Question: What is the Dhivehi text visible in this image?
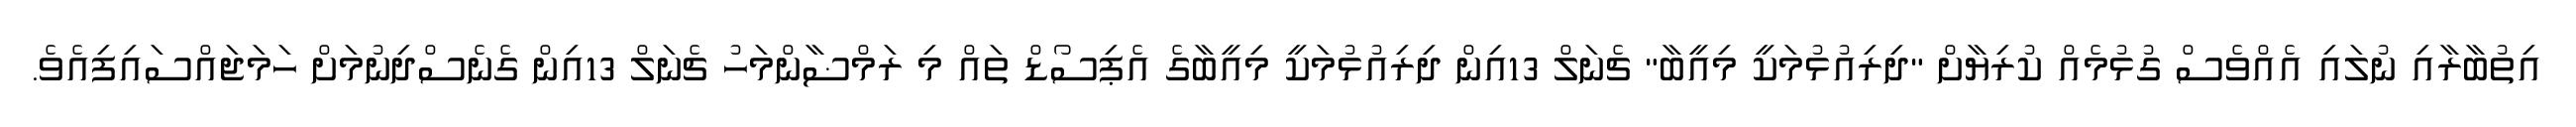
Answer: އިތުބާރާއި ނުލައި އެއްވެސް ގުޅުމެއް ކުރިޔާށް "ދިރިއުޅުމަކީ މިއީބާ" ޗެނަލް 13އިން ދިރިއުޅުމަކީ މިއީބާގެ އެޕިސޯޑް ތައް މި ރަމްޟާންމަހު ޗެނަލް 13އިން ގެނެސްދިނުމަށް ހަމަޖައްސައިފިއެވެ.